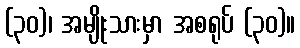
(၃၀)၊ အမျိုးသားမှာ အစရုပ် (၃၀)။